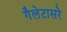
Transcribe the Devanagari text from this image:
गैलेटासरे